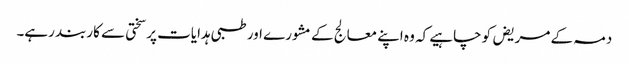
دمہ کے مریض کو چاہیے کہ وہ اپنے معالج کے مشورے اور طبی ہدایات پر سختی سے کاربند رہے۔